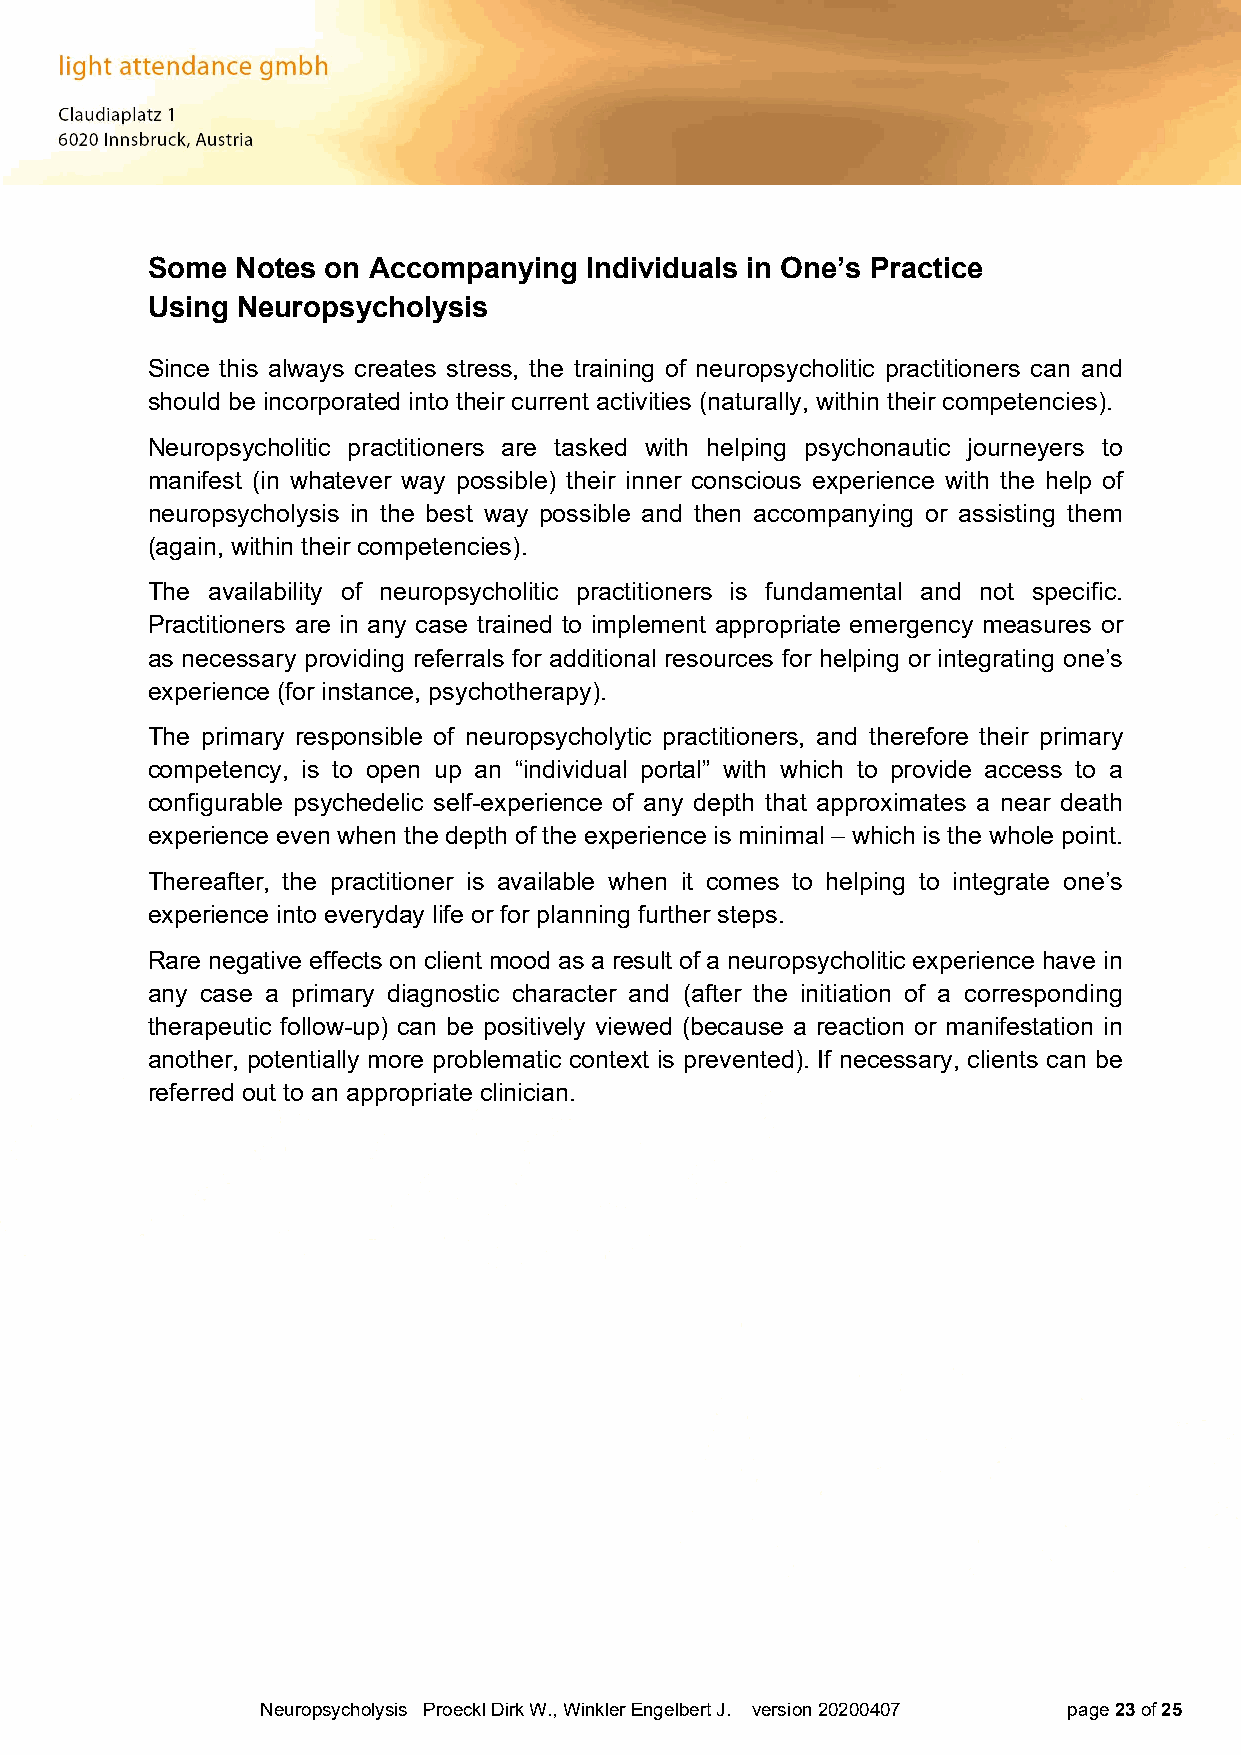
Some  Notes on Accompanying  Individuals in One’s Practice
 Using Neuropsycholysis
 Since this always creates stress, the training of neuropsycholitic practitioners can and
 should be incorporated into their current activities (naturally, within their competencies).
 Neuropsycholitic practitioners are tasked with helping psychonautic journeyers to
 manifest (in whatever way possible) their inner conscious experience with the help of
 neuropsycholysis in the best way possible and then accompanying or assisting them
 (again, within their competencies).
 The availability of neuropsycholitic practitioners is fundamental and not specific.
 Practitioners are in any case trained to implement appropriate emergency measures or
 as necessary providing referrals for additional resources for helping or integrating one’s
 experience (for instance, psychotherapy).
 The primary responsible of neuropsycholytic practitioners, and therefore their primary
 competency, is to open up an “individual portal” with which to provide access to a
 configurable psychedelic self-experience of any depth that approximates a near death
 experience even when the depth of the experience is minimal – which is the whole point.
 Thereafter, the practitioner is available when it comes to helping to integrate one’s
 experience into everyday life or for planning further steps.
 Rare negative effects on client mood as a result of a neuropsycholitic experience have in
 any case a primary diagnostic character and (after the initiation of a corresponding
 therapeutic follow-up) can be positively viewed (because a reaction or manifestation in
 another, potentially more problematic context is prevented). If necessary, clients can be
 referred out to an appropriate clinician.
 Neuropsycholysis Proeckl Dirk W., Winkler Engelbert J. version 20200407 page 23 of 25